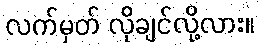
လက်မှတ် လိုချင်လို့လား။